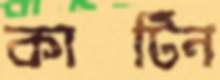
কার্টিন